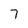
Character: 7